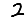
Digit: 2